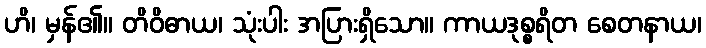
ဟိ၊ မှန်၏။ တိဝိဓာယ၊ သုံးပါး အပြားရှိသော။ ကာယဒုစ္စရိတ စေတနာယ၊